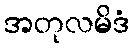
အတုလမိဒံ